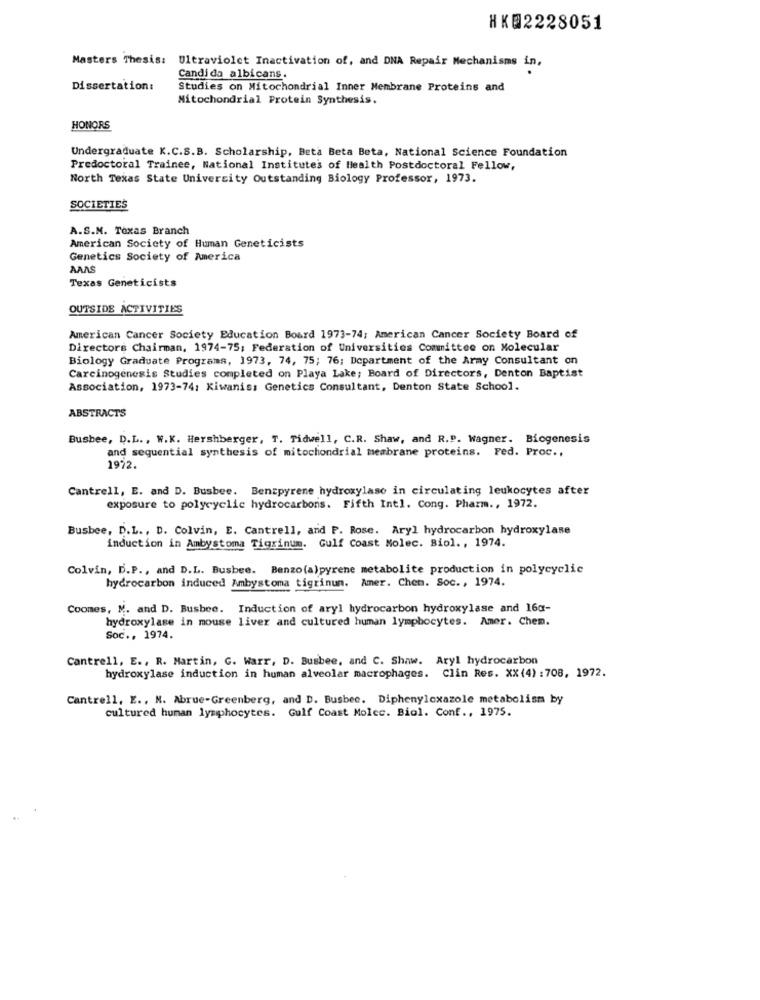
HK@2228051
Masters Thesis: Ultraviolet Inactivation of, and DNA Repair Mechanisms in,
Candida albicans.
Dissertation:
Studies on Mitochondrial Inner Membrane Proteins and
Mitochondrial Protein Synthesis.
HONORS
Undergraduate K.C.S.B. Scholarship, Beta Beta Beta, National Science Foundation
Predoctoral Trainee, National Institutes of Health Postdoctoral Fellow,
North Texas State University Outstanding Biology Professor, 1973.
SOCIETIES
A.S.M. Texas Branch
American Society of Human Geneticists
Genetics Society of America
AAAS
Texas Geneticists
OUTSIDE ACTIVITIES
American Cancer Society Education Board 1973-74; American Cancer Society Board of
Directors Chairman, 1974-75; Federation of Universities Committee on Molecular
Biology Graduate Programs, 1973, 74, 75; 76; Department of the Army Consultant on
Carcinogenesis Studies completed on Playa Lake; Board of Directors, Denton Baptist
Association, 1973-74: Kiwanis: Genetics Consultant, Denton State School.
ABSTRACTS
Bushee, D.L ., W.K. Hershberger, T. Tidwell, C.R. Shaw, and R.P. Wagner. Biogenesis
and sequential synthesis of mitochondrial membrane proteins. Fed. Proc .,
1972.
Cantrell, E. and D. Busbee. Benzpyrene hydroxylase in circulating leukocytes after
exposure to polycyclic hydrocarbons. Fifth Intl. Cong. Pharm ., 1972.
Busbee, D.L ., D. Colvin, E. Cantrell, and P. Rose. Aryl hydrocarbon hydroxylase
induction in Ambystoma Tigrinum. Gulf Coast Molec. Biol ., 1974.
Colvin, D.P ., and D.L. Busbee. Benzo(a)pyrene metabolite production in polycyclic
hydrocarbon induced Ambystoma tigrinun.
Amer. Chen. Soc. , 1974.
Coomes, M. and D. Busbee. Induction of aryl hydrocarbon hydroxylase and 16g-
hydroxylase in mouse liver and cultured human lymphocytes. Amer. Chem.
Soc ., 1974.
Cantrell, E ., R. Martin, C. Warr, D. Busbee, and C. Shaw. Aryl hydrocarbon
hydroxylase induction in human alveolar macrophages. Clin Res. XX (4) : 708, 1972.
Cantrell, E ., M. Abrue-Greenberg, and D. Busbee. Diphenylcxazole metabolism by
cultured human lymphocytes. Gulf Coast Molec. Biol. Conf ., 1975.